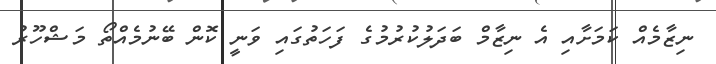
ނިޒާމެއް ކަމަށާއި އެ ނިޒާމް ބަދަލުކުރުމުގެ ފަހަތުގައި ވަނީ ކޮން ބޭނުމެއްތޯ މަޝްހޫރު